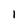
Character: l